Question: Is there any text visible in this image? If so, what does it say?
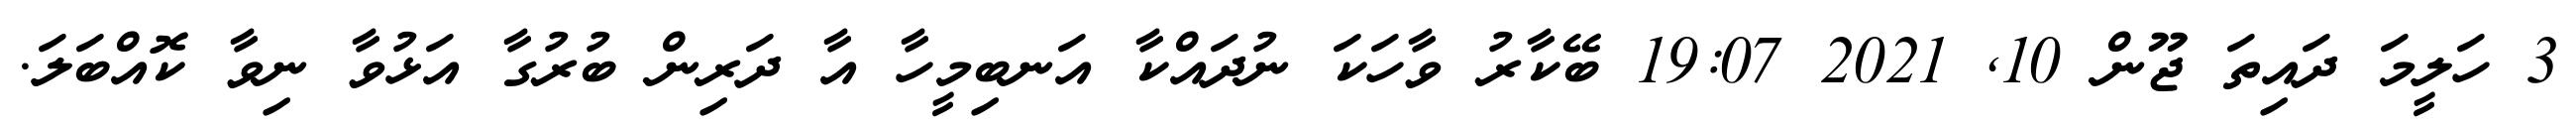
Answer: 3 ހަލީމަ ދައިތަ ޖޫން 10, 2021 19:07 ބޭކާރު ވާހަކަ ނުދައްކާ އަނބިމީހާ އާ ދަރިން ބުރުގާ އަޅުވާ ނިވާ ކޮއްބަލަ.